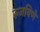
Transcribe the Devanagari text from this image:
रुजविणे